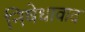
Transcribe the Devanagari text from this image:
निषेधावाद